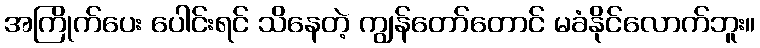
အကြိုက်ပေး ပေါင်းရင် သိနေတဲ့ ကျွန်တော်တောင် မခံနိုင်လောက်ဘူး။